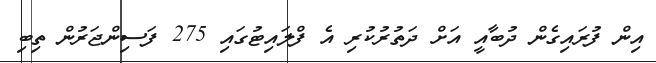
އިން ފުރައިގެން ދުބާއީ އަށް ދަތުރުކުރި އެ ފްލައިޓުގައި 275 ފަސިންޖަރުން ތިބި